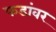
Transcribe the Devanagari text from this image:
फडांवर